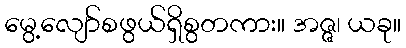
မွေ့လျော်စဖွယ်ရှိစွတကား။ အဇ္ဇ၊ ယခု။